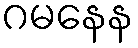
ဂမနေန